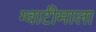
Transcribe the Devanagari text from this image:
ग्वाटीमाला